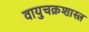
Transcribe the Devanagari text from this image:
वायुचक्रशास्त्र